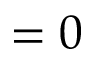
= 0